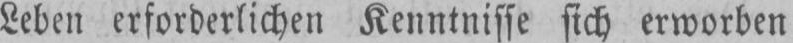
Leben erforderlichen Kenntnisse sich erworben